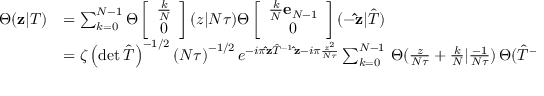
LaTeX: \begin{array} { r l } { { \Theta ( { \bf z } | T ) } } & { { = \sum _ { k = 0 } \sp { N - 1 } \Theta \left[ \begin{array} { c } { { { \frac { k } { N } } } } \\ { { 0 } } \end{array} \right] ( z | N \tau ) \Theta \left[ \begin{array} { c } { { { \frac { k } { N } } { \bf e } _ { N - 1 } } } \\ { { 0 } } \end{array} \right] ( { - \bf \hat { z } } | \hat { T } ) } } \\ { { } } & { { = \zeta \left( \operatorname * { d e t } \hat { T } \right) \sp { - 1 / 2 } \left( N \tau \right) \sp { - 1 / 2 } e \sp { - i \pi { \bf \hat { z } } \hat { T } \sp { - 1 } { \bf \hat { z } } - i \pi { \frac { z \sp 2 } { N \tau } } } \sum _ { k = 0 } \sp { N - 1 } \, \Theta ( { \frac { z } { N \tau } } + { \frac { k } { N } } | { \frac { - 1 } { N \tau } } ) \, \Theta ( \hat { T } \sp { - 1 } { \bf \hat { z } } - { \frac { k } { N } } { \bf e } _ { N - 1 } | - \hat { T } \sp { - 1 } ) . } } \end{array}